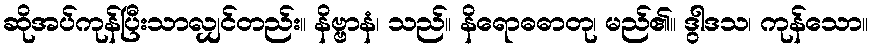
ဆိုအပ်ကုန်ပြီးသာလျှင်တည်း။ နိဗ္ဗာနံ၊ သည်။ နိရောဓဓာတု၊ မည်၏။ ဒွါဒသ၊ ကုန်သော။